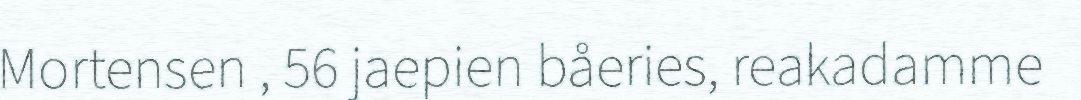
Mortensen , 56 jaepien båeries, reakadamme